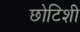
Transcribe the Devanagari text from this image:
छोटिशी